Statistics compiled by the Government of India from the reports of provincial Civil Veterinary Departments
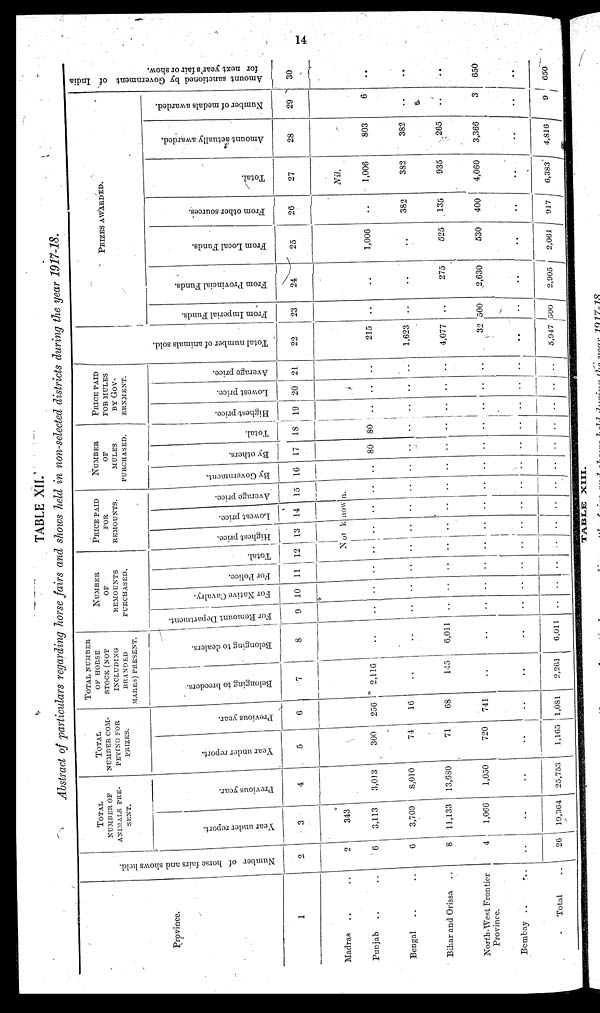
14
TABLE XII.
Abstract of particulars regarding horse fairs and shows held in non-selected districts during the year 1917-18.
Province.
1
Madras .. ..
Punjab .. ..
Bengal .. ..
Bihar and Orissa ..
North-West Frontier
Province.
Bombay .. ..
Total ..
Number of hor se fairs and shows held.
2
2
6
6
8
4
..
26
TOTAL
NUMBER OF
ANIMALS PRE-
SENT.
Year under report.
3
343
3,113
3,709
11,133
1,066
..
19,364
Previous year.
4
3,013
8,010
13,680
1,050
..
25,753
TOTAL
NUMBER COM-
PETING FOR
PRIZES.
Year under report.
5
300
74
71
720
..
1,165
Previous year.
6
256
16
68
741
..
1,081
TOTAL NUMBER
OF HORSE
STOCK (NOT
INCLUDING
BRANDED
MARES ) PRESENT.
Belonging to breeders.
7
2,116
..
145
..
..
2,261
Belonging to dealers.
8
..
..
6,011
..
..
6,011
NUMBER
OF
REMOUNTS
PURCHASED.
For Remount Department.
9
..
..
..
..
..
..
For Native Cavalry.
10
..
..
..
..
..
..
For Police.
11
..
..
..
..
..
..
Total.
12
PRICE PAID
FOR
REMOUNTS.
Highest price.
13
Lowest price.
14
Average price.
15
Not known.
..
..
..
..
..
..
..
..
..
..
..
..
..
..
..
..
..
..
..
..
..
..
..
..
NUMBER
OF
MULES
PURCHASED.
By Government.
16
..
..
..
..
..
..
By others.
17
80
..
..
..
..
..
Total.
18
80
..
..
..
..
..
PRICE PAID
FOR MULES
BY GOV-
ERNMENT.
Highest price.
19
..
..
..
..
..
..
Lowest price.
20
..
..
..
..
..
..
Average price.
21
..
..
..
..
..
..
Tot al number of animals sold.
22
215
1,623
4,077
32
..
5,947
PRIZES AWARDED.
From Imperial Funds.
23
..
..
..
500
..
500
From Provincial Funds.
24
..
..
275
2,630
..
2,905
From Local Funds.
25
1,006
..
525
530
..
2,061
From other sources.
26
..
382
135
400
..
917
Total.
27
Nil
1,006
382
935
4,060
..
6,383
Amount actually awarded.
28
803
382
265
3,366
..
4,816
Number of medals awarded.
29
6
..
..
3
..
9
Amount sanctioned by Government of India
for next year's fair or show.
30
..
..
..
650
..
650